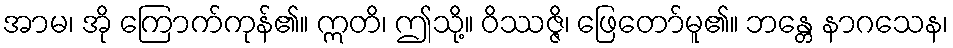
အာမ၊ အို ကြောက်ကုန်၏။ ဣတိ၊ ဤသို့။ ဝိဿဇ္ဇိ၊ ဖြေတော်မူ၏။ ဘန္တေ နာဂသေန၊